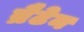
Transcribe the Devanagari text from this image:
ब्रैटेन